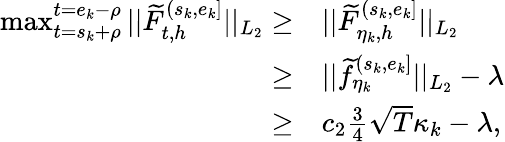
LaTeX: \begin{array}{rl}{\operatorname*{max}_{t=s_{k}+\rho}^{t=e_{k}-\rho}\vert\vert\widetilde F_{t,h}^{(s_{k},e_{k}]}\vert\vert_{L_{2}}\ge}&{\vert\vert\widetilde F_{\eta_{k},h}^{(s_{k},e_{k}]}\vert\vert_{L_{2}}}\\ {\ge}&{\vert\vert\widetilde f_{\eta_{k}}^{(s_{k},e_{k}]}\vert\vert_{L_{2}}-\lambda}\\ {\ge}&{c_{2}\frac{3}{4}\sqrt{T}\kappa_{k}-\lambda,}\end{array}